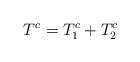
LaTeX: \begin{align*}T^c=T^c_1+T^c_2\end{align*}